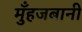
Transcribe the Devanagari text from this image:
मुँहजबानी